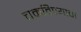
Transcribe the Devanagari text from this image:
चकविण्याचा